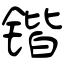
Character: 锴